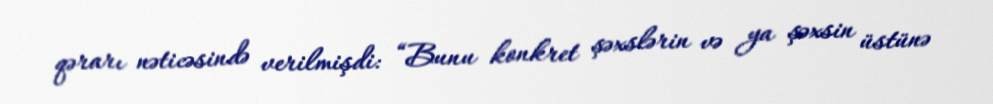
qərarı nəticəsində verilmişdi: “Bunu konkret şəxslərin və ya şəxsin üstünə